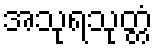
အသုရသုတ္တံ